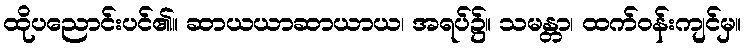
ထိုပညောင်းပင်၏။ ဆာယယာဆာယာယ၊ အရပ်၌။ သမန္တာ၊ ထက်ဝန်းကျင်မှ။